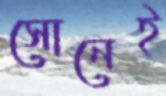
সোনেই